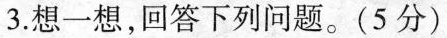
3.想一想，回答下列问题。(5分)